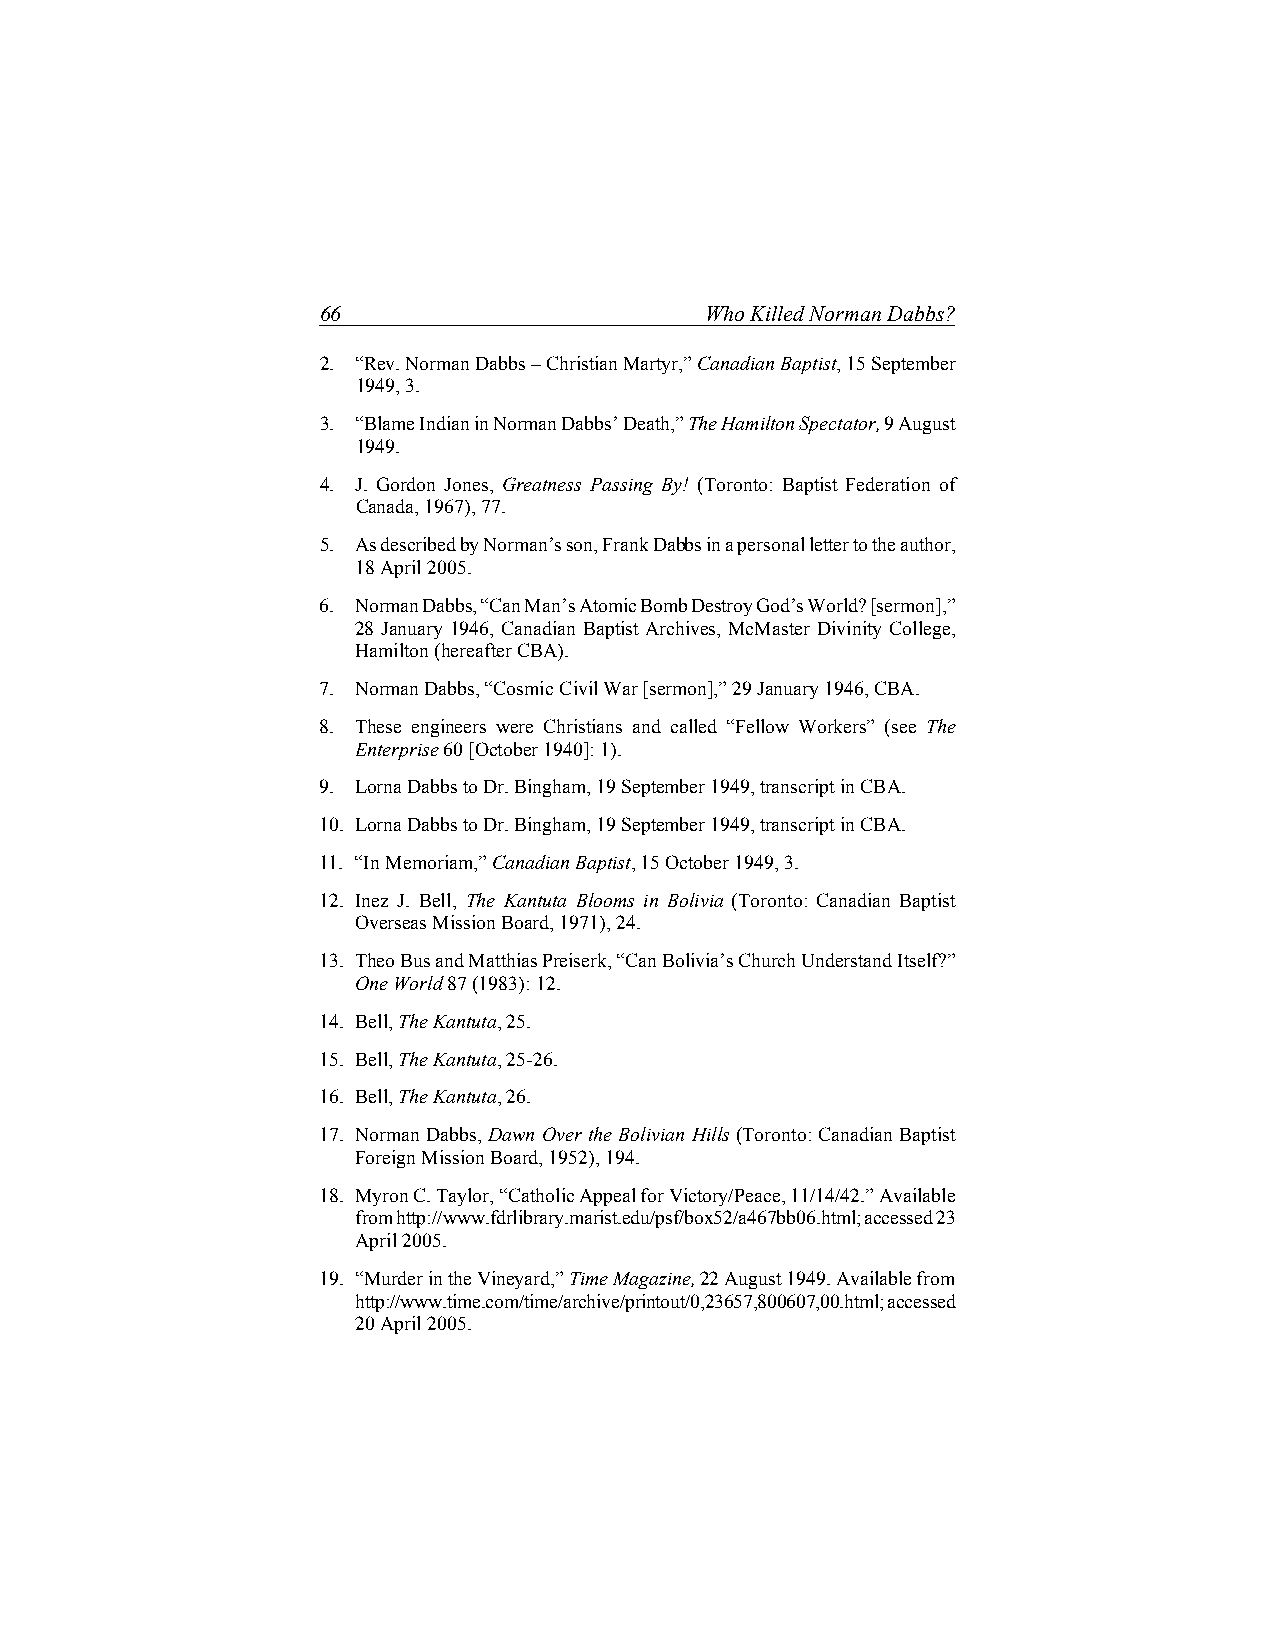
66                        Who Killed Norman Dabbs?
 2. “Rev. Norman Dabbs – Christian Martyr,” Canadian Baptist, 15 September
 1949, 3.
 3. “Blame Indian in Norman Dabbs’ Death,” The Hamilton Spectator, 9 August
 1949.
 4. J. Gordon Jones, Greatness Passing By! (Toronto: Baptist Federation of
 Canada, 1967), 77.
 5. As described by Norman’s son, Frank Dabbs in a personal letter to the author,
 18 April 2005.
 6. Norman Dabbs, “Can Man’s Atomic Bomb Destroy God’s World? [sermon],”
 28 January 1946, Canadian Baptist Archives, McMaster Divinity College,
 Hamilton (hereafter CBA).
 7. Norman Dabbs, “Cosmic Civil War [sermon],” 29 January 1946, CBA.
 8. These engineers were Christians and called “Fellow Workers” (see The
 Enterprise 60 [October 1940]: 1).
 9. Lorna Dabbs to Dr. Bingham, 19 September 1949, transcript in CBA.
 10. Lorna Dabbs to Dr. Bingham, 19 September 1949, transcript in CBA.
 11. “In Memoriam,” Canadian Baptist, 15 October 1949, 3.
 12. Inez J. Bell, The Kantuta Blooms in Bolivia (Toronto: Canadian Baptist
 Overseas Mission Board, 1971), 24.
 13. Theo Bus and Matthias Preiserk, “Can Bolivia’s Church Understand Itself?”
 One World 87 (1983): 12.
 14. Bell, The Kantuta, 25.
 15. Bell, The Kantuta, 25-26.
 16. Bell, The Kantuta, 26.
 17. Norman Dabbs, Dawn Over the Bolivian Hills (Toronto: Canadian Baptist
 Foreign Mission Board, 1952), 194.
 18. Myron C. Taylor, “Catholic Appeal for Victory/Peace, 11/14/42.” Available
 from http://www.fdrlibrary.marist.edu/psf/box52/a467bb06.html; accessed 23
 April 2005.
 19. “Murder in the Vineyard,” Time Magazine, 22 August 1949. Available from
 http://www.time.com/time/archive/printout/0,23657,800607,00.html; accessed
 20 April 2005.